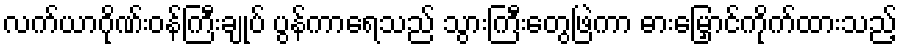
လက်ယာဂိုဏ်းဝန်ကြီးချုပ် ပွန်ကာရေသည် သွားကြီးတွေဖြဲကာ ဓားမြှောင်ကိုက်ထားသည့်